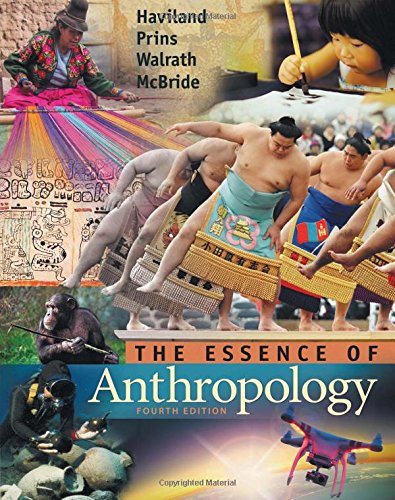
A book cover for The Essence of Anthropology; William A. Haviland; Science & Math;